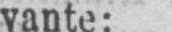
vante: